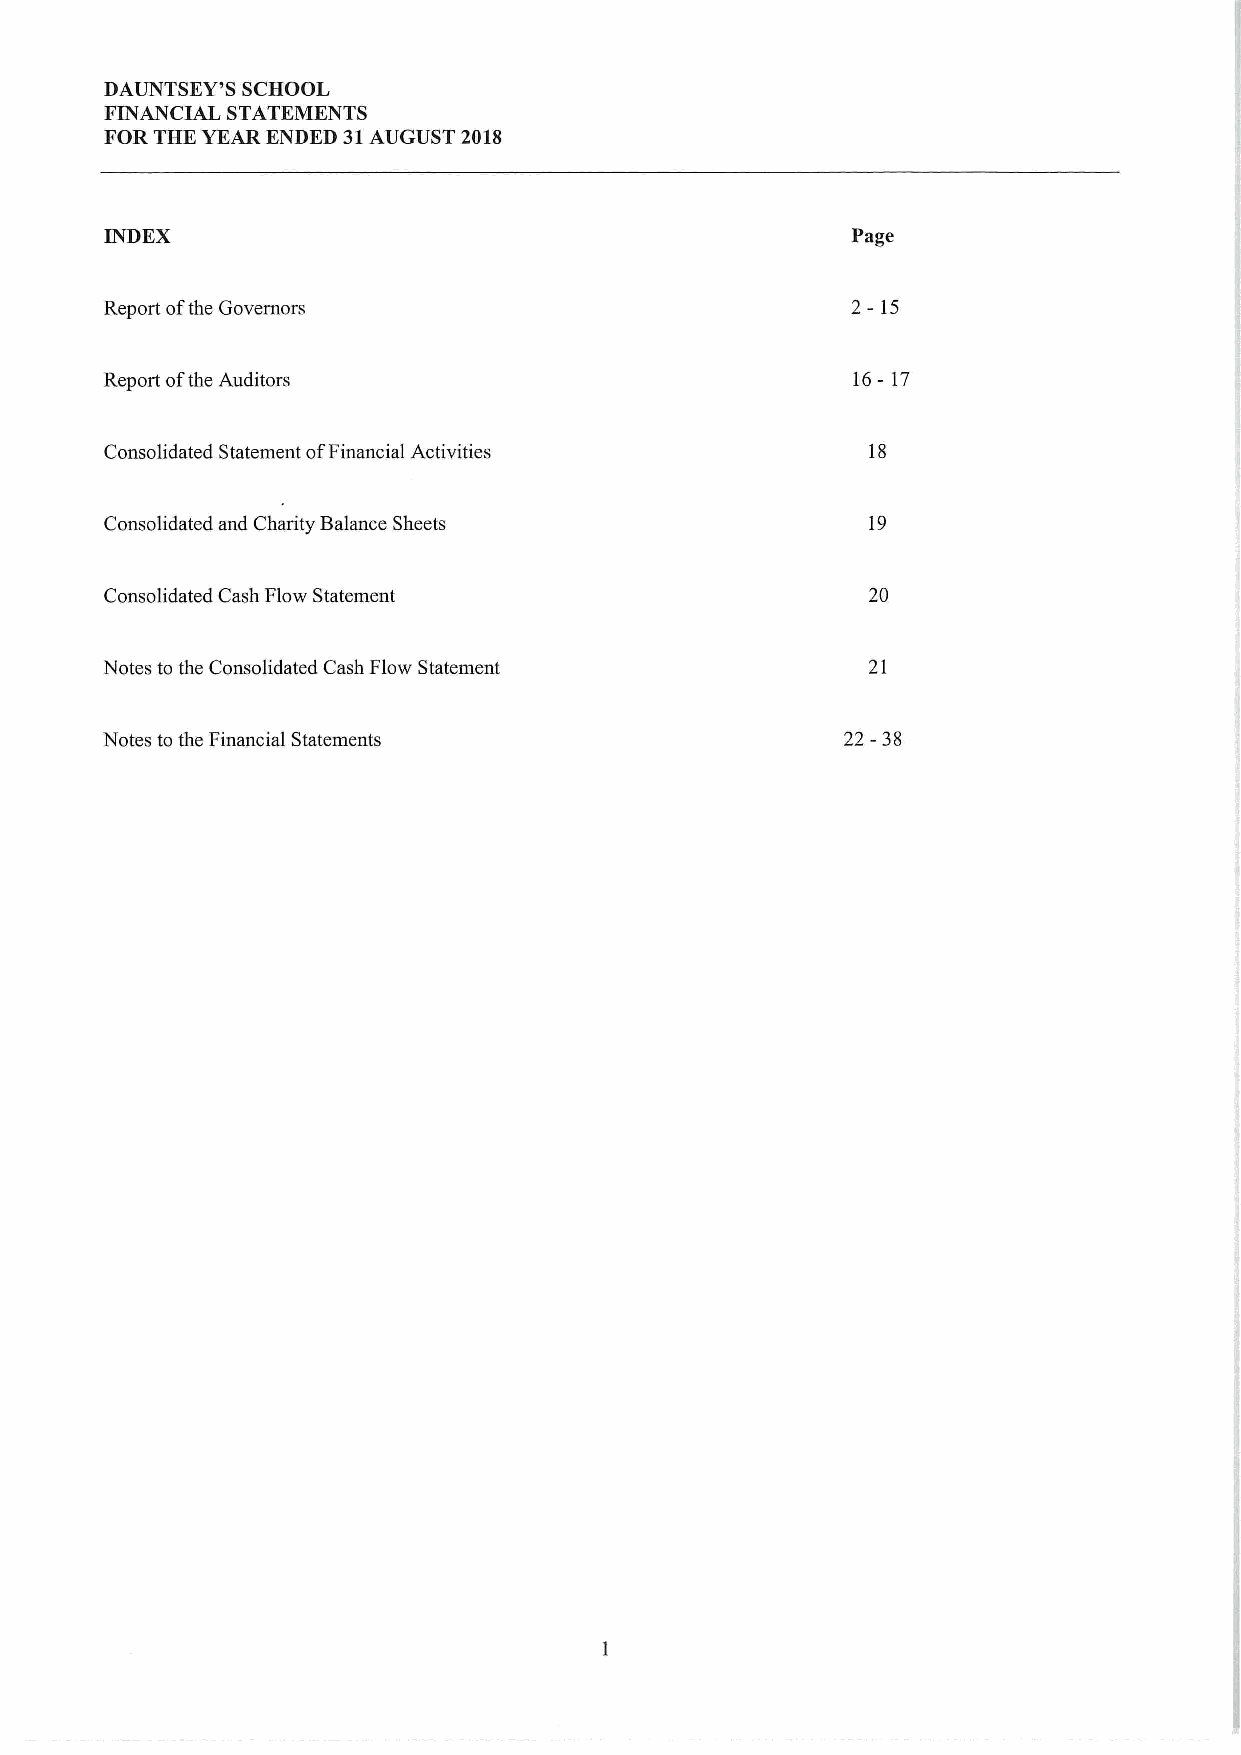
DAUNTSEY'S SCHOOL
 FINANCIAL STATEMENTS
 FORTHE YEAR ENDED 31AUGUST 2018
 INDEX                                            Page
 Report ofthe Governors                           2-15
 Report ofthe Auditors                            16-17
 Consolidated Statement ofFinancial Activities     18
 Consolidated and Charity Balance Sheets           19
 Consolidated Cash Flow Statement                  20
 Notes to the Consolidated Cash Flow Statement     21
 22-38
 Notes to the Financial Statements